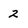
Character: 2